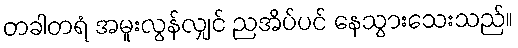
တခါတရံ အမူးလွန်လျှင် ညအိပ်ပင် နေသွားသေးသည်။